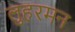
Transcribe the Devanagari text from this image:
लुहरमन